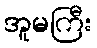
အူမကြီး